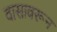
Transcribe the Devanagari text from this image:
वासावरून